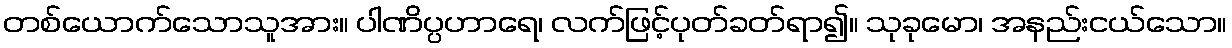
တစ်ယောက်သောသူအား။ ပါဏိပ္ပဟာရေ၊ လက်ဖြင့်ပုတ်ခတ်ရာ၍။ သုခုမော၊ အနည်းငယ်သော။